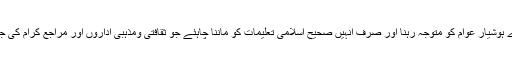
اس بات کی طرف ہمارے ہوشیار عوام کو متوجہ رہنا اور صرف انہیں صحیح اسلامی تعلیمات کو ماننا چاہئے جو ثقافتی ومذہبی اداروں اور مراجع کرام کی جانب سے پیش کی جائیں۔